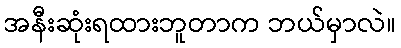
အနီးဆုံးရထားဘူတာက ဘယ်မှာလဲ။